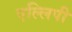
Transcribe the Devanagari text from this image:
एल्लिपी